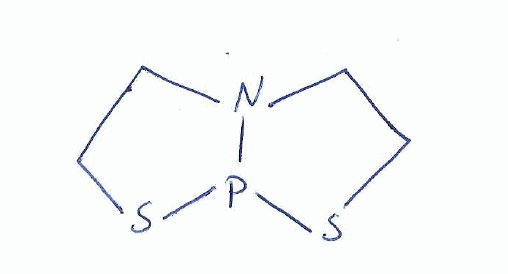
Simplified molecular-input line-entry system (SMILES) notation of the given molecule:
C1CSP2N1CCS2